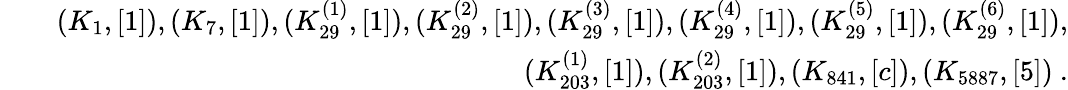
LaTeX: \begin{array}{rlr}&{}&{(K_{1},[1]),(K_{7},[1]),(K_{29}^{(1)},[1]),(K_{29}^{(2)},[1]),(K_{29}^{(3)},[1]),(K_{29}^{(4)},[1]),(K_{29}^{(5)},[1]),(K_{29}^{(6)},[1]),}\\ &{}&{(K_{203}^{(1)},[1]),(K_{203}^{(2)},[1]),(K_{841},[c]),(K_{5887},[5])~.}\end{array}